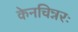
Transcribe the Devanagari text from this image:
केनचिन्नरः